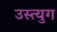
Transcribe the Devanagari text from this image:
उस्त्युग